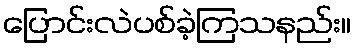
ပြောင်းလဲပစ်ခဲ့ကြသနည်း။